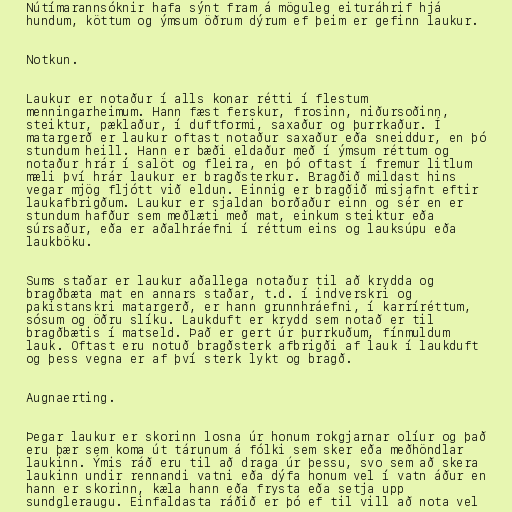
Nútímarannsóknir hafa sýnt fram á möguleg eituráhrif hjá
hundum, köttum og ýmsum öðrum dýrum ef þeim er gefinn laukur.

Notkun.

Laukur er notaður í alls konar rétti í flestum
menningarheimum. Hann fæst ferskur, frosinn, niðursoðinn,
steiktur, pæklaður, í duftformi, saxaður og þurrkaður. Í
matargerð er laukur oftast notaður saxaður eða sneiddur, en þó
stundum heill. Hann er bæði eldaður með í ýmsum réttum og
notaður hrár í salöt og fleira, en þó oftast í fremur litlum
mæli því hrár laukur er bragðsterkur. Bragðið mildast hins
vegar mjög fljótt við eldun. Einnig er bragðið misjafnt eftir
laukafbrigðum. Laukur er sjaldan borðaður einn og sér en er
stundum hafður sem meðlæti með mat, einkum steiktur eða
súrsaður, eða er aðalhráefni í réttum eins og lauksúpu eða
laukböku.

Sums staðar er laukur aðallega notaður til að krydda og
bragðbæta mat en annars staðar, t.d. í indverskri og
pakistanskri matargerð, er hann grunnhráefni, í karríréttum,
sósum og öðru slíku. Laukduft er krydd sem notað er til
bragðbætis í matseld. Það er gert úr þurrkuðum, fínmuldum
lauk. Oftast eru notuð bragðsterk afbrigði af lauk í laukduft
og þess vegna er af því sterk lykt og bragð.

Augnaerting.

Þegar laukur er skorinn losna úr honum rokgjarnar olíur og það
eru þær sem koma út tárunum á fólki sem sker eða meðhöndlar
laukinn. Ýmis ráð eru til að draga úr þessu, svo sem að skera
laukinn undir rennandi vatni eða dýfa honum vel í vatn áður en
hann er skorinn, kæla hann eða frysta eða setja upp
sundgleraugu. Einfaldasta ráðið er þó ef til vill að nota vel